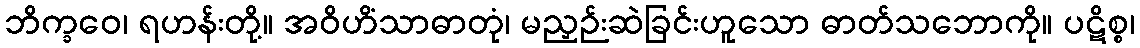
ဘိက္ခဝေ၊ ရဟန်းတို့။ အဝိဟိံသာဓာတုံ၊ မညှဉ်းဆဲခြင်းဟူသော ဓာတ်သဘောကို။ ပဋိစ္စ၊